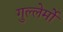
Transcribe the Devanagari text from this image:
गुल्लेर्मो